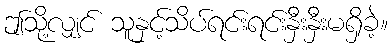
ဤသို့လျှင် သူနှင့်သိပ်ရင်းရင်းနှီးနှီးမရှိခဲ့။